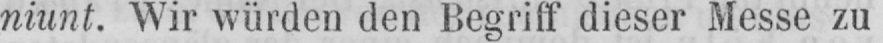
niunt. Wir würden den Begriff dieser Messe zu